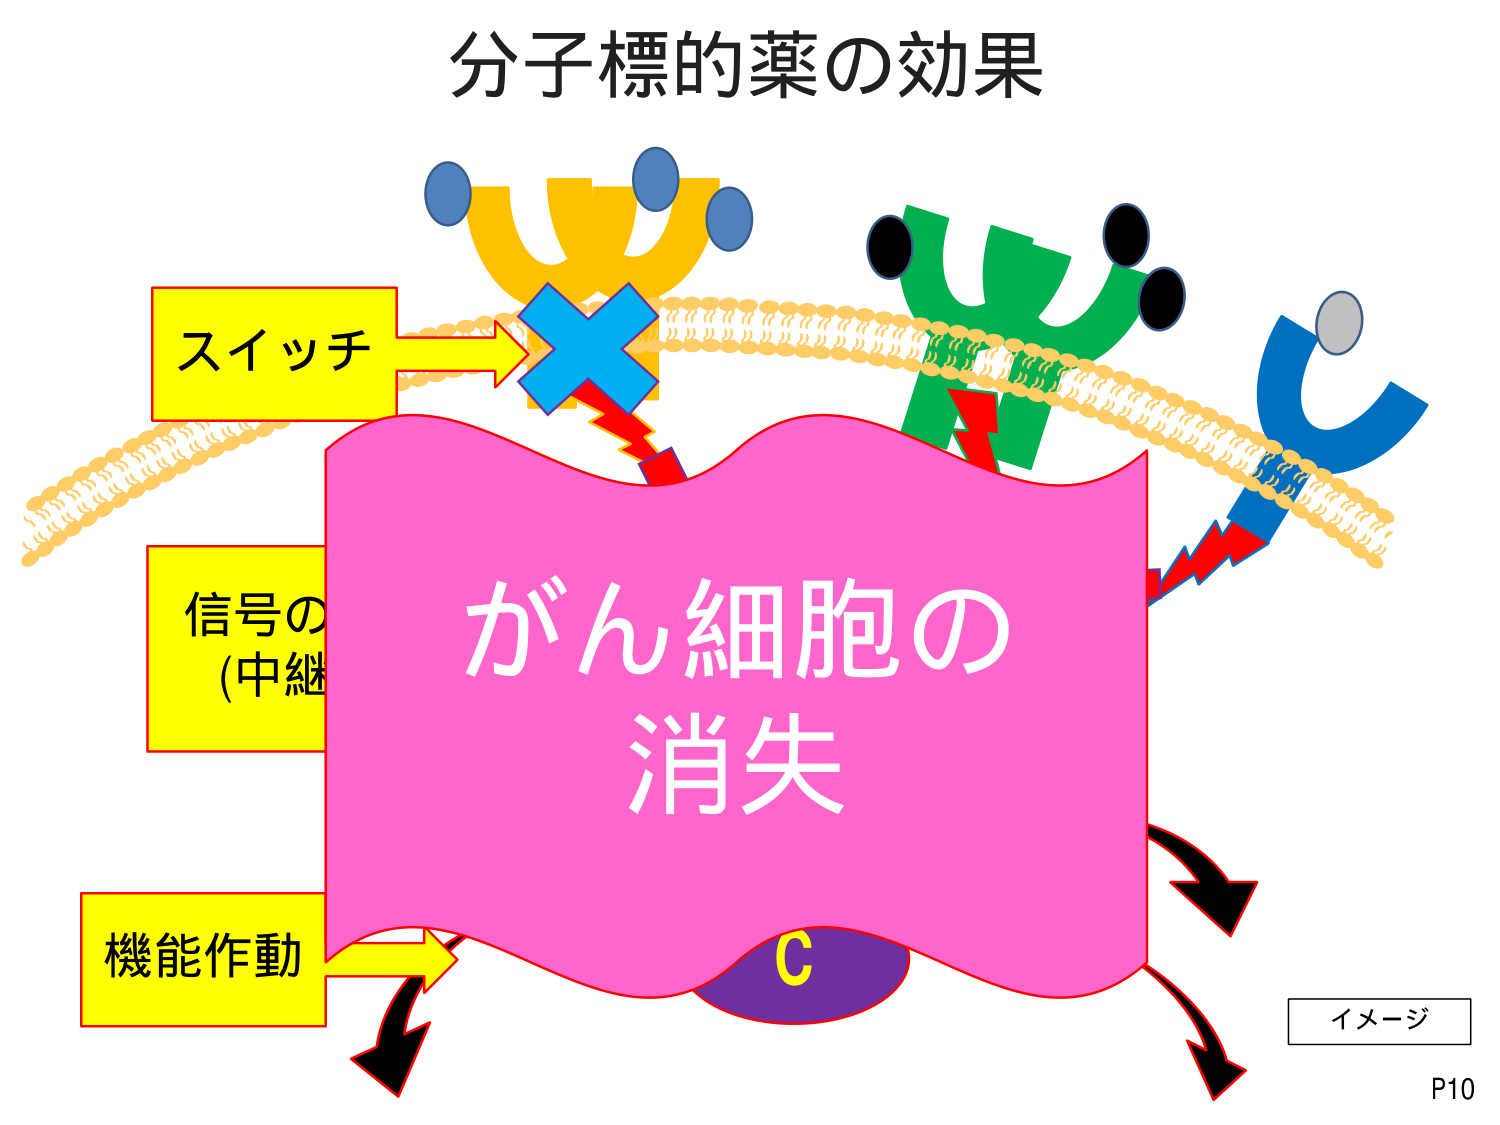
分子標的薬の効果
スイッチ
信号の
(中継
機能作動
がん細胞の
消失
C
イメージ
P10